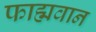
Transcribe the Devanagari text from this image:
फाह्मवान